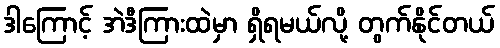
ဒါကြောင့် အဲဒီကြားထဲမှာ ရှိရမယ်လို့ တွက်နိုင်တယ်